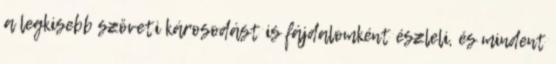
a legkisebb szöveti károsodást is fájdalomként észleli, és mindent